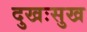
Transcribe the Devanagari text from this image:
दुखःसुख